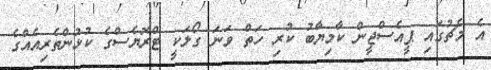
އެ މެޗުގައި ޕީއެސްޖީން ކާމިޔާބު ކުރި ހަތް ވަނަ ގޯލަކީ ޓްރޮޔެސްގެ ކުޅުންތެރިއެއްގެ